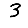
Digit: 3